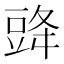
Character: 䜶